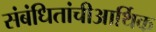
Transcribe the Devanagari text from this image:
संबंधितांचीआर्थिक